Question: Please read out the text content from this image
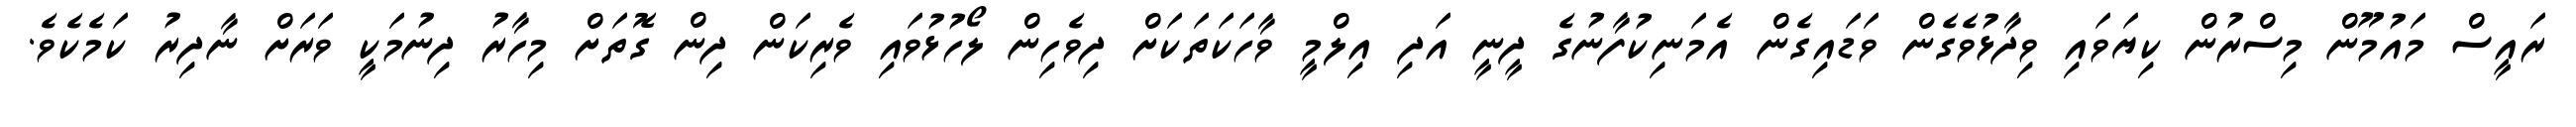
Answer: ރައީސް މައުމޫން މިސްރުން ކިޔަވައި ވިދާޅުވެގެން ވަޑައިގެން އެމަނިކުފާނުގެ ދީނީ އަދި އިލްމީ ވާހަކަތަކަށް ދިވެހިން ލޯހުޅުވައި ވެރިކަން ދިން ގޮތަށް މިހާރު ދިނުމަކީ ވަރަށް ނާދިރު ކަމެކެވެ.